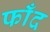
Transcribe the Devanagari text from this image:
फाँद